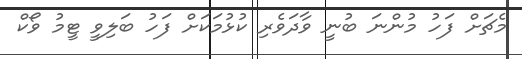
މެޗަށް ފަހު މުންނަ ބުނީ ވާދަވެރި ކުޅުމަކަށް ފަހު ބަލިވީ ޓީމު ވޯކް